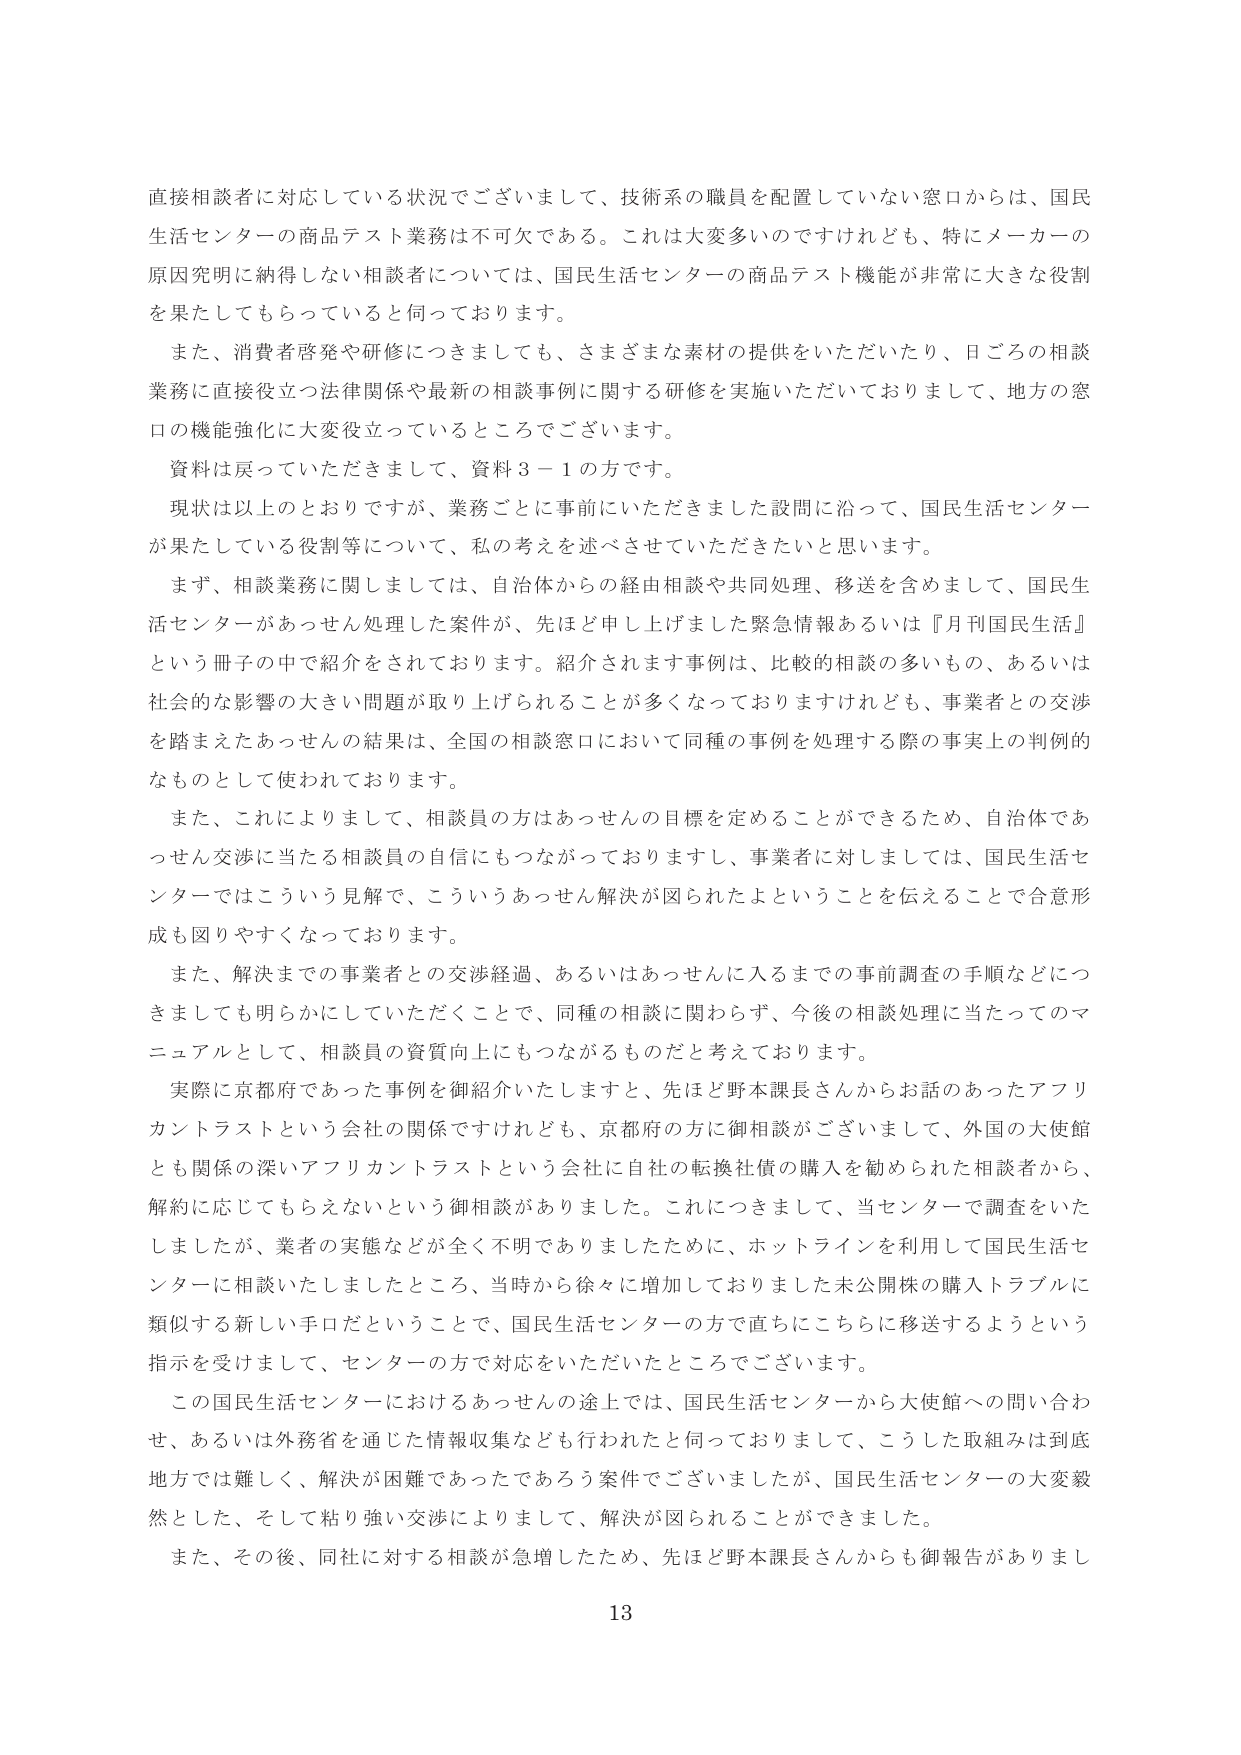
直接相談者に対応している状況でございまして、技術系の職員を配置していない窓口からは、国民生活センターの商品テスト業務は不可欠である。これは大変多いのですけれども、特にメーカーの原因究明に納得しない相談者については、国民生活センターの商品テスト機能が非常に大きな役割を果たしてもらっていると伺っております。

また、消費者啓発や研修につきましても、さまざまな素材の提供をいただいたり、日ごろの相談業務に直接役立つ法律関係や最新の相談事例に関する研修を実施いただいておりまして、地方の窓口の機能強化に大変役立っているところでございます。

資料は戻っていただきますので、資料3－1の方です。

現状は以上のとおりですが、業務ごとに事前にいただきました設問に沿って、国民生活センターが果たしている役割等について、私の考えを述べさせていただきたいと思います。

まず、相談業務に関しましては、自治体からの経由相談や共同処理、移送を含めまして、国民生活センターがあっせん処理した案件が、先ほど申し上げました緊急情報あるいは『月刊国民生活』という冊子の中で紹介をされております。紹介されます事例は、比較的相談の多いもの、あるいは社会的な影響の大きい問題が取り上げられることが多くなっておりますけれども、事業者との交渉を踏まえたあっせんの結果は、全国の相談窓口において同種の事例を処理する際の事実上の判例的なものとして使われております。

また、これによりまして、相談員の方はあっせんの目標を定めることができるため、自治体であっせん交渉に当たる相談員の自信にもつながっておりますし、事業者に対しましては、国民生活センターではこういう見解で、こういうあっせん解決が図られたよということを伝えることで合意形成も図りやすくなっております。

また、解決までの事業者との交渉経過、あるいはあっせんに入るまでの事前調査の手順などにつきましても明らかにしていただくことで、同種の相談に関わらず、今後の相談処理に当たってのマニュアルとして、相談員の資質向上にもつながるものだと考えております。

実際に京都府であった事例を御紹介いたしますと、先ほど野本課長さんからお話のあったアフリカントラストという会社の関係ですけれども、京都府の方に御相談がございまして、外国の大使館とも関係の深いアフリカントラストという会社に自社の転換社債の購入を勧められた相談者から、解約に応じてもらえないという御相談がありました。これにつきまして、当センターで調査をいたしましたが、業者の実態などが全く不明でありましたために、ホットラインを利用して国民生活センターに相談いたしましたところ、当時から徐々に増加しておりました未公開株の購入トラブルに類似する新しい手口だということで、国民生活センターの方で直ちにこちらに移送するようという指示を受けまして、センターの方で対応をいただいたところでございます。

この国民生活センターにおけるあっせんの途上では、国民生活センターから大使館への問い合わせ、あるいは外務省を通じた情報収集なども行われたと伺っておりまして、こうした取組みは到底地方では難しく、解決が困難であったであろう案件でございましたが、国民生活センターの大変毅然とした、そして粘り強い交渉によりまして、解決が図られることができました。

また、その後、同社に対する相談が急増したため、先ほど野本課長さんからも御報告がありまし

13